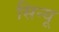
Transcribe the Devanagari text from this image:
सिन्यू